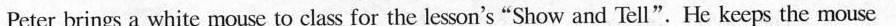
Peter brings a white mousc to class for the lesson's"Show and Tell".He keeps the mouse